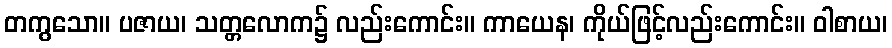
တကွသော။ ပဇာယ၊ သတ္တလောက၌ လည်းကောင်း။ ကာယေန၊ ကိုယ်ဖြင့်လည်းကောင်း။ ဝါစာယ၊